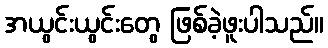
အယွင်းယွင်းတွေ ဖြစ်ခဲ့ဖူးပါသည်။